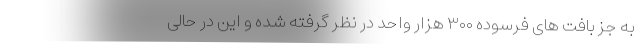
به جز بافت های فرسوده ۳۰۰ هزار واحد در نظر گرفته شده و این در حالی